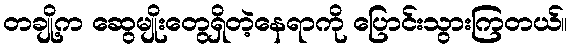
တချို့က ဆွေမျိုးတွေရှိတဲ့နေရာကို ပြောင်းသွားကြတယ်။